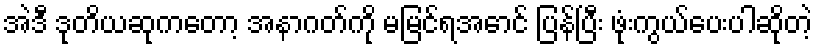
အဲဒီ ဒုတိယဆုကတော့ အနာဂတ်ကို မမြင်ရအောင် ပြန်ပြီး ဖုံးကွယ်ပေးပါဆိုတဲ့